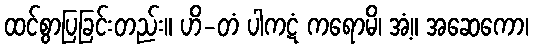
ထင်စွာပြခြင်းတည်း။ ဟိ-တံ ပါကဋံ ကရောမိ၊ အံ့။ အဆေကော၊